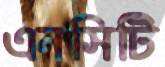
এনসিটি